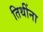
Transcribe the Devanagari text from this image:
तिथींना